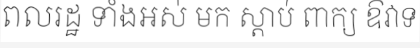
ពលរដ្ឋ ទាំងអស់ មក ស្តាប់ ពាក្យ ឱវាទ